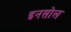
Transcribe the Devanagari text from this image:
इनसोल